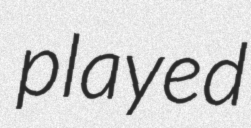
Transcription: played